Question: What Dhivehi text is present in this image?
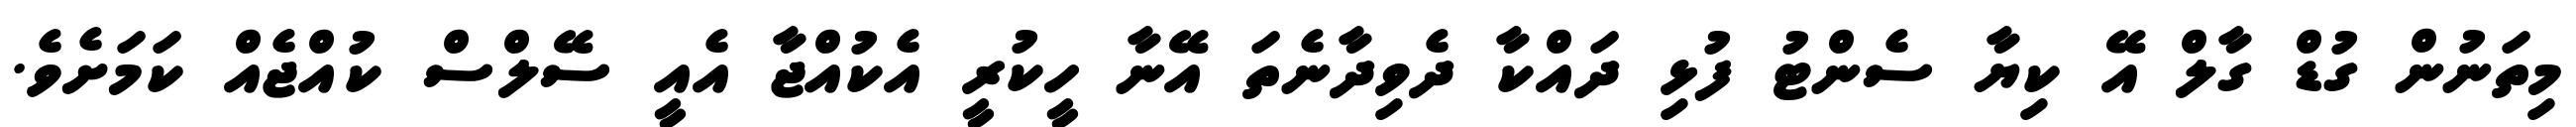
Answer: މިތަނުން ގުޑް ގާލް އޭ ކިޔާ ސެންޓު ފުޅި ދައްކާ ދެވިދާނެތަ އޭނާ ހީކުރީ އެކުއްޖާ އެއީ ސޭލްސް ކުއްޖެއް ކަމަށެވެ.